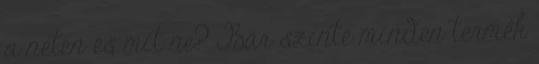
a neten és mit ne? Bár szinte minden termék